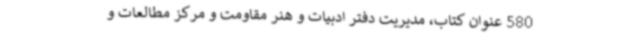
580 عنوان کتاب، مدیریت دفتر ادبیات و هنر مقاومت و مرکز مطالعات و